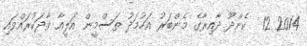
2014 12  ކެންދޫ ދާއިރާގެ މެންބަރު އަހުމަދު ތަސްމީން އަލީއާ ވާދަކުރައްވައި